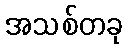
အသစ်တခု